Mental hospitals Bombay report 1921-28 - 1921-1928
Year: 1921
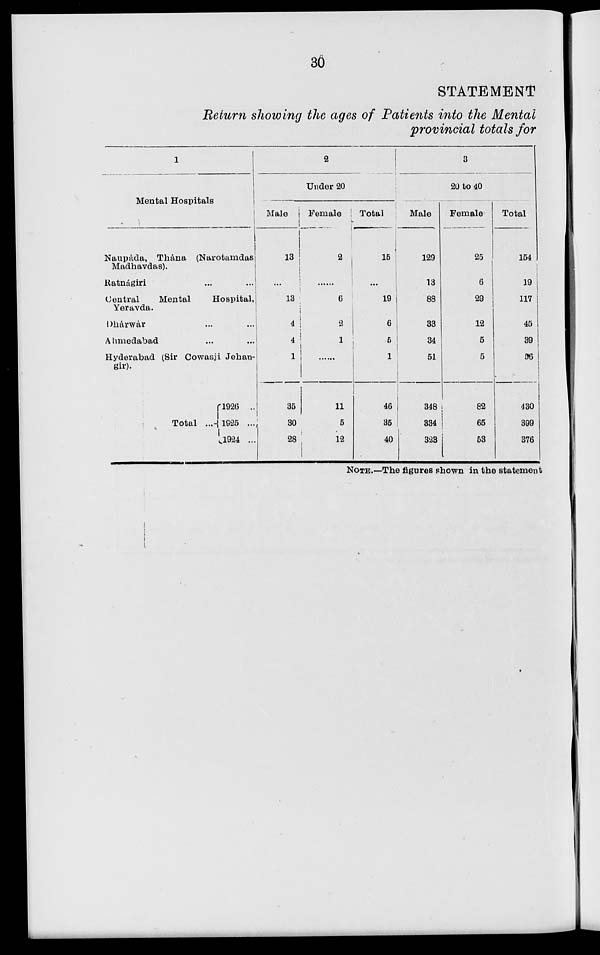
30
STATEMENT
Return showing the ages of Patients into the Mental
provincial totals for
1
Mental Hospitals
Naupáda, Thána (Narotamdas
Madhavdas).
Ratnágiri ... ...
Central
Mental
Hospital,
Yeravda.
Dhárwár ... ...
Ahmedabad ... ...
Hyderabad (Sir Cowasji Jehan-
gir).
Total ...
1926 ...
1925 ...
1924 ...
2
Under 20
Male
13
...
13
4
4
1
35
30
28
Female
2
......
6
2
1
......
11
5
12
Total
15
...
19
6
5
1
46
35
40
3
20 to 40
Male
129
13
88
33
34
51
348
334
323
Female
25
6
29
12
5
5
82
65
53
Total
154
19
117
45
39
56
430
399
376
NOTE.—The figures shown in the statement